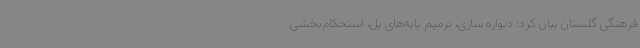
فرهنگی گلستان بیان کرد: دیواره سازی، ترمیم پایه‌های پل، استحکام‌بخشی